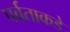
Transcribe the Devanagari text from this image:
पर्वताकडे